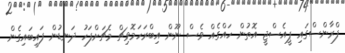
ފްރާންސްގައި ޕީއެސްޖީ އޮތުން ހައްގެއް ވެސް ނޫން އިބްރަހަމޮވިޗް މެޗަށްފަހު ދަނޑުން ފައިބައިގެން